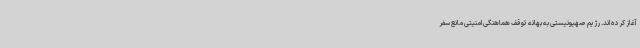
آغاز کرده اند. رژیم صهیونیستی به بهانه توقف هماهنگی امنیتی مانع سفر